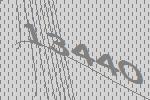
13440